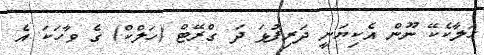
ހަލާކެކޭ ނޫން އެކިޔަނީ ދަރިފުޅަ ދަ ގްރޭޓް (ހަލްކް) ގެ ވާހަކަ އެ